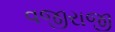
વજીરાજી